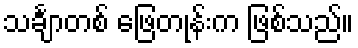
သင်္ချာတစ် ဖြေတုန်းက ဖြစ်သည်။